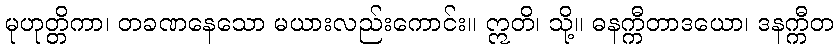
မုဟုတ္တိကာ၊ တခဏနေသော မယားလည်းကောင်း။ ဣတိ၊ သို့။ ဓနက္ကီတာဒယော၊ ဒနက္ကီတ